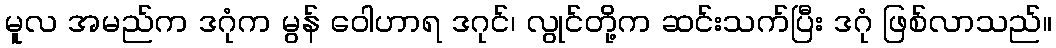
မူလ အမည်က ဒဂုံက မွန် ဝေါဟာရ ဒဂုင်၊ လွုင်တို့က ဆင်းသက်ပြီး ဒဂုံ ဖြစ်လာသည်။